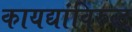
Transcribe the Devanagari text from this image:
कायद्यांविरुद्ध